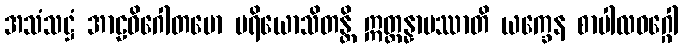
အသံသဋ္ဌံ အာဠဝိဂေါတမော ပရိယောသိတန္တိ ဣတ္ထန္နာမဿာတိ ယက္ခေန စာပါလဝဂ္ဂေါ